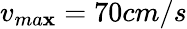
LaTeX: v_{ma\mathbf{x}}=70cm/s